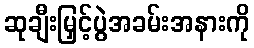
ဆုချီးမြှင့်ပွဲအခမ်းအနားကို